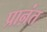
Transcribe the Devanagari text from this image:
प्राऩंत